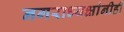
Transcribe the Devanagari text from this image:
नगराध्यक्षांनीही